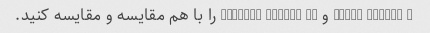
Apple iPhone 8 و Samsung Galaxy S8 را با هم مقایسه و مقایسه کنید.